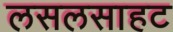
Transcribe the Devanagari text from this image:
लसलसाहट